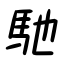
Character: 馳